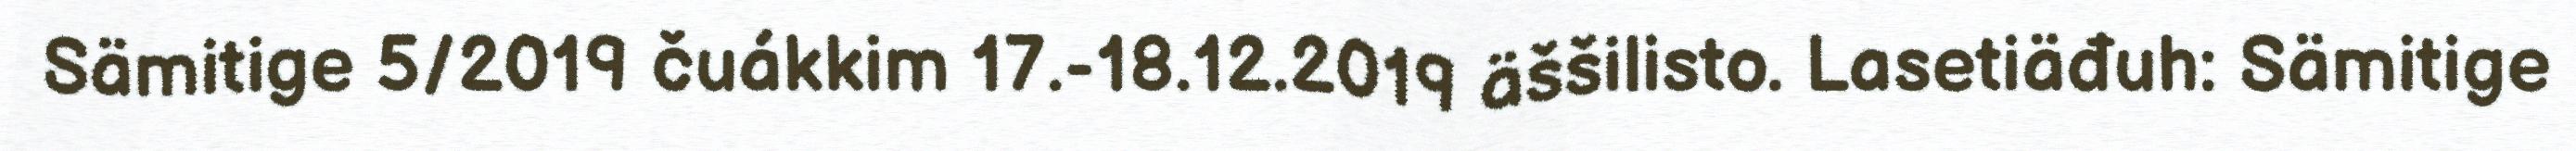
Sämitige 5/2019 čuákkim 17.-18.12.2019 äššilisto. Lasetiäđuh: Sämitige